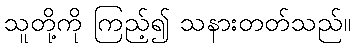
သူတို့ကို ကြည့်၍ သနားတတ်သည်။